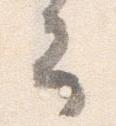
去